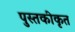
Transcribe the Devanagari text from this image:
पुस्तकीकृत